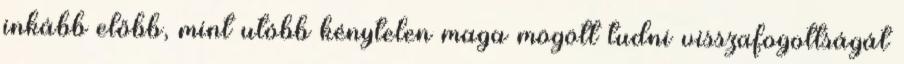
inkább előbb, mint utóbb kénytelen maga mögött tudni visszafogottságát